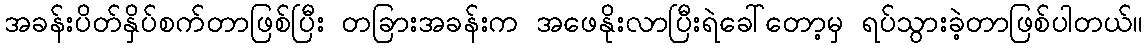
အခန်းပိတ်နှိပ်စက်တာဖြစ်ပြီး တခြားအခန်းက အဖေနိုးလာပြီးရဲခေါ်တော့မှ ရပ်သွားခဲ့တာဖြစ်ပါတယ်။